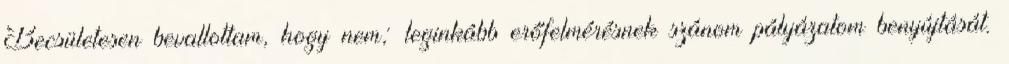
Becsületesen beval­lot­tam, hogy nem; leginkább erőfelmérésnek szánom pályázatom be­nyújtását.